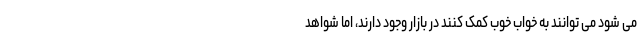
می شود می توانند به خواب خوب کمک کنند در بازار وجود دارند، اما شواهد